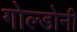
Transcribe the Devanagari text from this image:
गोल्डोनी